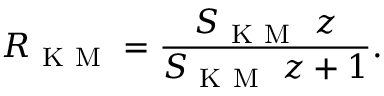
R _ { \mathrm { ~ K ~ M ~ } } = \frac { S _ { \mathrm { ~ K ~ M ~ } } \, \, z } { S _ { \mathrm { ~ K ~ M ~ } } \, \, z + 1 } .